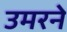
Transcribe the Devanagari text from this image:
उमरने